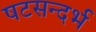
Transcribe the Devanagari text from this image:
षटसन्दर्भ